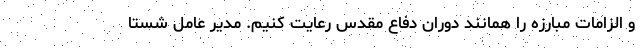
و الزامات مبارزه را همانند دوران دفاع مقدس رعایت کنیم. مدیر عامل شستا